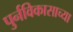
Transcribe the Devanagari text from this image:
पुर्नविकासाच्या